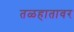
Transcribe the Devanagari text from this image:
तळहातावर